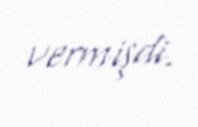
vermişdi.